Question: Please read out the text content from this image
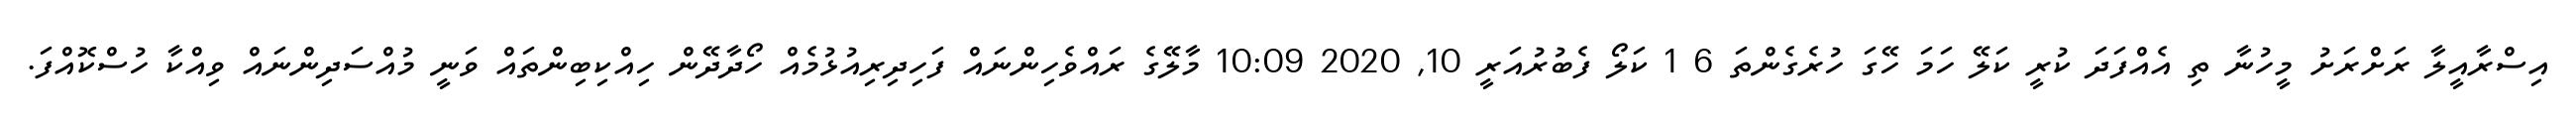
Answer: އިސްރާއީލާ ރަށްރަށު މީހުނާ ތި އެއްފަދަ ކުރީ ކަލޭ ހަމަ ހޭގަ ހުރެގެންތަ 6 1 ކަލޯ ފެބުރުއަރީ 10, 2020 10:09 މާލޭގެ ރައްވެހިންނައް ފަހިދިރިއުޅުމެއް ހޯދާދޭން ހިއްކިބިންތައް ވަނީ މުއްސަދިންނައް ވިއްކާ ހުސްކޮއްފަ.